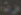
>>>